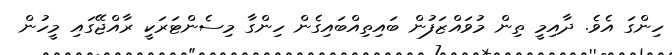
ހިންގަ އެވެ. ދާއިމީ ތިން މުވައްޒަފުން ބައިތިއްބައިގެން ހިންގާ މިސެންޓަރަކީ ރާއްޖޭގައި މީހުން